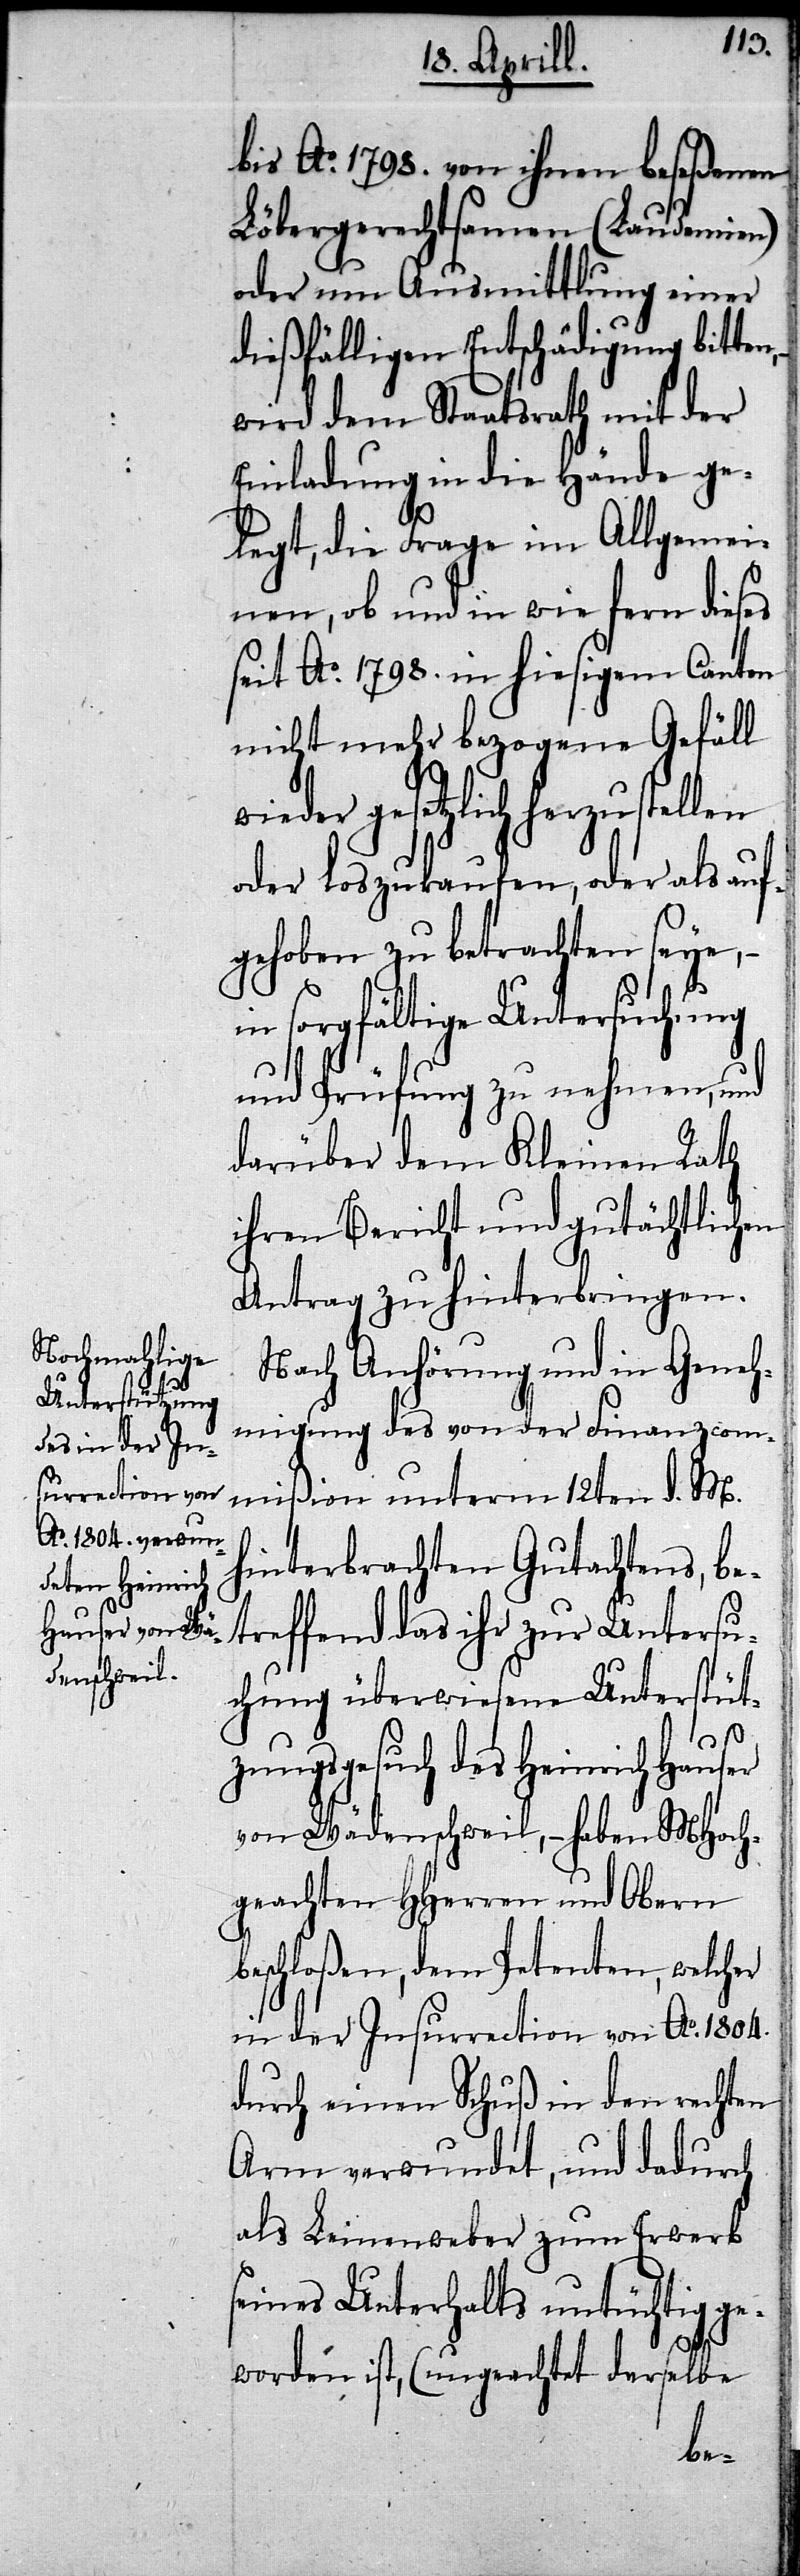
n,–
bis Ao. 1798. von ihnen beseßenen
Löbergerechtsamen (Laudemien)
oder um Ausmittlung einer
dießfälligen Entschädigung bitte¬
wird dem Staatsrath mit der
Einladung in die Hände ge¬
legt, die Frage im Allgemei¬
nen, ob und in wie fern dieses
seit Ao. 1798. in hiesigem Canton
nicht mehr bezogene Gefäll
gesetzlich herzustellen
oder loszukaufen, oder als auf¬
gehoben zu betrachten seye,–
in sorgfältige Untersuchung
und Prüfung zu nehmen, und
darüber dem Kleinen Rath
ihren Bericht und gutächtlichen
Antrag zu hinterbringen.
Nach Anhörung und in Gene¬
hmigung des von der Finanzcom¬
mißion unterm 12ten d. M.
hinterbrachten Gutachtens, be¬
treffend das ihr zur Untersu¬
chung überwiesene Unterstüt¬
zungsgesuch des Heinrich Hauser
von Wädenschweil,– haben MHoch¬
geachten HHerren und Obern
beschloßen, dem Petenten, welcher
in der Insurrection von Ao. 1804.
durch einen Schuß in den rechten
Arm verwundet, und dadurch
als Leinenweber zum Erwerb
seines Unterhalts untüchtig ge¬
worden ist, (ungeachtet derselbe